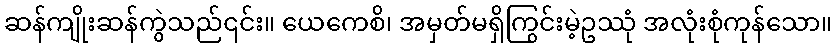
ဆန်ကျိုးဆန်ကွဲသည်၎င်း။ ယေကေစိ၊ အမှတ်မရှိကြွင်းမဲ့ဥဿုံ အလုံးစုံကုန်သော။